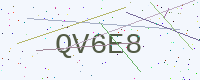
Text: QV6E8